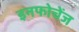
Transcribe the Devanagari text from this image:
इनफोचेंज